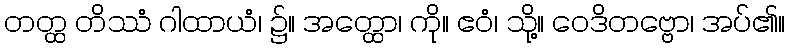
တတ္ထ တိဿံ ဂါထာယံ၊ ၌။ အတ္ထော၊ ကို။ ဧဝံ၊ သို့။ ဝေဒိတဗ္ဗော၊ အပ်၏။